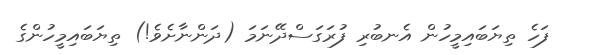
ފަހެ ތިޔަބައިމީހުން އެނބުރި ފުރަގަސްދޭނަމަ (ދަންނާށެވެ!) ތިޔަބައިމީހުންގެ